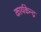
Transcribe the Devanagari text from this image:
कार्यकेन्द्र